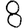
Digit: 8